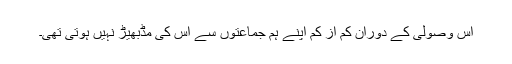
اس وصولی کے دوران کم از کم اپنے ہم جماعتوں سے اس کی مڈبھیڑ نہیں ہوتی تھی۔